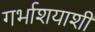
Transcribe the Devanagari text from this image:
गर्भाशयाशी